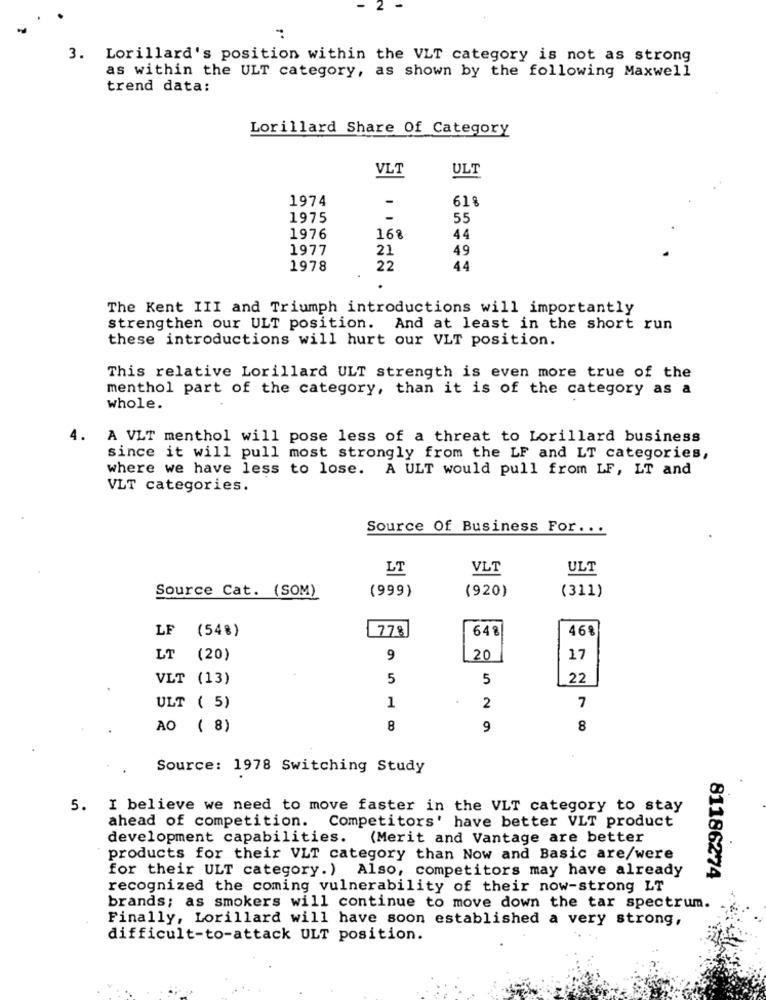
2
3. Lorillard's position within the VLT category is not as strong
as within the ULT category, as shown by the following Maxwell
trend data:
Lorillard Share Of Category
VLT
ULT
1974
618
1975
55
1976
168
44
1977
21
49
1978
22
44
The Kent III and Triumph introductions will importantly
strengthen our ULT position. And at least in the short run
these introductions will hurt our VLT position.
This relative Lorillard ULT strength is even more true of the
menthol part of the category, than it is of the category as a
whole.
4.
A VLT menthol will pose less of a threat to Lorillard business
since it will pull most strongly from the LF and LT categories,
where we have less to lose. A ULT would pull from LF, LT and
VLT categories.
Source Of Business For. ..
LT
VLT
ULT
Source Cat. (SOM)
(999)
(920)
(311)
LF (54%)
778
648
46%
LT (20)
9
20
17
VLT (13)
5
5
22
1
7
ULT ( 5)
2
AO ( 8)
8
9
8
Source: 1978 Switching Study
5. I believe we need to move faster in the VLT category to stay
ahead of competition. Competitors' have better VLT product
development capabilities. (Merit and Vantage are better
products for their VLT category than Now and Basic are/were
for their ULT category. ) Also, competitors may have already
81186274
recognized the coming vulnerability of their now-strong LT
brands; as smokers will continue to move down the tar spectrum.
Finally, Lorillard will have soon established a very strong,
difficult-to-attack ULT position.